Civil Veterinary Department. Madras. Admin. report 1926-33 - 1926-1933
Year: 1926
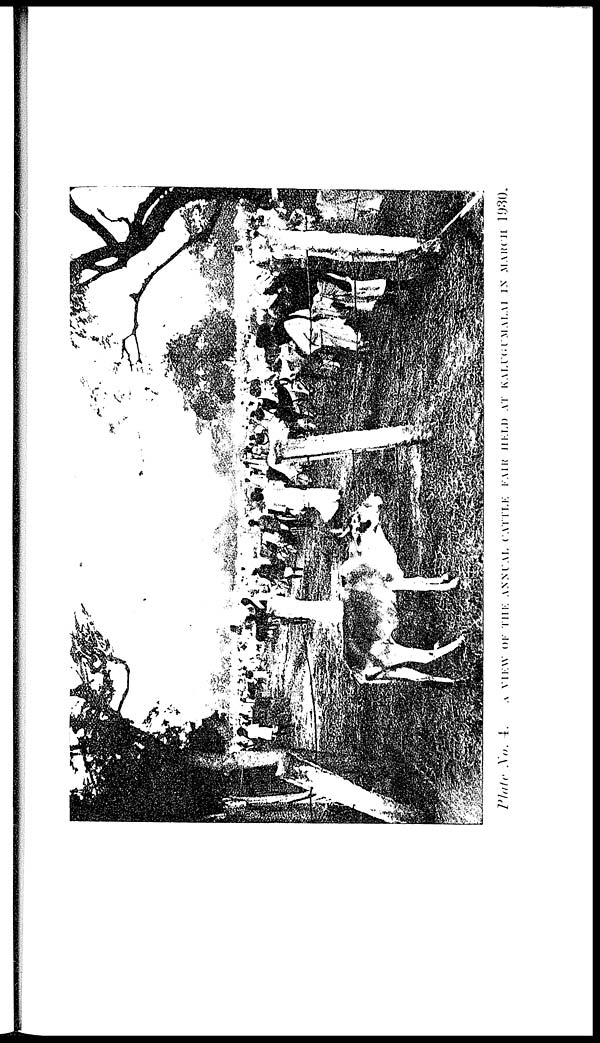
Plate No. 4. A VIEW OF THE ANNUAL CATTLE FAIR HELD AT KALUGUMALAI IN MARCH 1930.